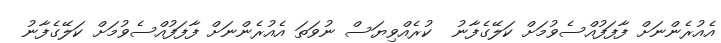
އެއުރެންނަށް ފާފަފުއްސެވުމަށް ކަލޭގެފާނު  ކުރެއްވިޔަސް ނުވަތަ އެއުރެންނަށް ފާފަފުއްސެވުމަށް ކަލޭގެފާނު